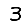
Digit: 3